Report on horse surra - Volume II, Part II
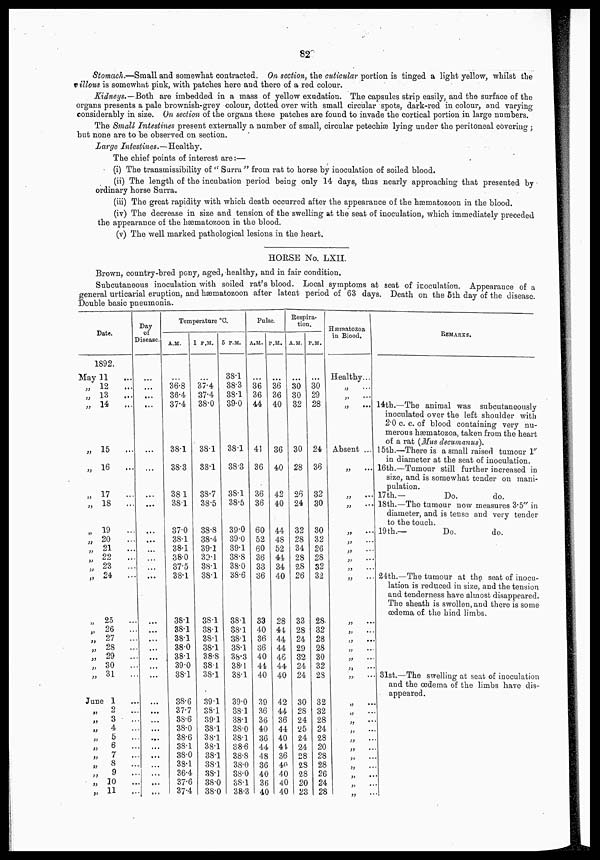
82
Stomach.—Small and somewhat contracted. On section, the cuticular portion is tinged a light yellow, whilst the
villous is somewhat pink, with patches here and there of a red colour.
Kidneys.—Both are imbedded in a mass of yellow exudation. The capsules strip easily, and the surface of the
organs presents a pale brownish-grey colour, dotted over with small circular spots, dark-red in colour, and varying
considerably in size. On section of the organs these patches are found to invade the cortical portion in large numbers.
The Small Intestines present externally a number of small, circular petechiæ lying under the peritoneal covering ;
but none are to be observed on section.
Large Intestines.—Healthy.
The chief points of interest are :—
(i) The transmissibility of "Surra" from rat to horse by inoculation of soiled blood.
(ii) The length of the incubation period being only 14 days, thus nearly approaching that presented by
ordinary horse Surra.
(iii) The great rapidity with which death occurred after the appearance of the hæmatozoon in the blood.
(iv) The decrease in size and tension of the swelling at the seat of inoculation, which immediately preceded
the appearance of the hæmatozoon in the blood.
(v) The well marked pathological lesions in the heart.
HORSE No. LXII.
Brown, country-bred pony, aged, healthy, and in fair condition.
Subcutaneous inoculation with soiled rat's blood. Local symptoms at seat of inoculation. Appearance of a
general urticarial eruption, and hæmatozoon after latent period of 63 days. Death on the 5th day of the disease.
Double basic pneumonia.
Date.
1892.
May 11 ...
„ 12 ...
„ 13
...
„
14
...
„ 15
...
„ 16
...
„ 17
...
„ 18
...
„ 19
...
„ 20
...
„ 21
...
„ 22 ...
„ 23 ...
„ 24
...
„ 25
...
„ 26
...
„ 27
...
„ 28 ...
„ 29 ...
„ 30 ...
„ 31 ...
June 1 ...
„
2 ...
„
3 ...
„
4 ...
„ 5 ...
„ 6 ...
„
7 ...
„ 8 ...
„
9 ...
„ 10 ...
„ 11 ...
Day
of
Disease.
....
...
...
...
...
...
...
...
...
...
...
...
....
...
...
...
...
...
...
...
...
...
...
...
...
...
...
....
Temperature °C.
A.M.
...
36.8
36.4
37.4
38.1
38.3
38.1
38.1
37.0
38.1
38.1
38.0
37.5
38.1
381
38.1
38.1
38.0
38.1
39.0
38.1
38.6
37.7
38.6
38.0
38.6
38.1
38.0
38.1
36.4
37.6
37.4
1 P.M.
...
37.4
37.4
38.0
38.1
38.1
38.7
38.5
38.8
38.4
39.1
39.1
38.1
38.1
38.1
38.1
38.1
38.1
38.8
38.1
38.1
39.1
38.1
39.1
38.1
38.1
38.1
38.1
38.1
38.1
38.0
38.0
5 P.M.
38.1
38.3
38.1
39.0
38.1
383
38.1
38.5
39.0
39.0
39.1
38.8
38.0
38.6
38.1
38.1
38.1
38.1
38.3
38.1
38.1
39.0
38.1
38.1
38.0
38.1
38.6
38.8
38.0
38.0
38.1
38.3
Pulse.
A.M.
...
36
36
44
41
36
36
36
60
52
60
36
33
36
33
40
36
36
40
44
40
39
36
36
40
36
44
48
36
40
36
40
P.M.
...
36
36
40
36
40
42
40
44
48
52
44
34
40
28
44
44
44
46
44
40
42
44
36
44
40
44
36
40
40
40
40
Respira-
tion.
A.M.
...
30
30
32
30
28
26
24
32
28
34
28
28
26
33
28
24
29
32
24
24
30
28
24
25
24
24
28
28
28
20
23
P.M.
...
30
29
28
24
36
32
30
30
32
26
28
32
32
28
32
28
28
30
32
28
32
32
28
24
28
20
28
28
26
24
28
Hæmatozoa
in Blood.
Healthy...
„ ...
„
...
„ ...
Absent ...
„
...
„ ...
„ ...
„ ...
„ ...
„ ...
„ ...
„ ...
„ ...
„ ...
„
...
„ ...
„ ...
„ ...
„ ...
„ ...
„ ...
„ ...
„ ...
„ ...
„ ...
„ ...
„ ...
„
...
„ ...
„
...
„ ...
REMARKS.
14th.—The animal was subcutaneously
inoculated over the Left shoulder with
2.0 c. c. of blood containing very nu-
merous hæmatozoa, taken from the heart
of a rat (Mus decumanus).
15th.—There is a small raised tumour 1"
in diameter at the seat of inoculation.
16th.—Tumour still further increased in
size, and is somewhat tender on mani-
pulation.
17 th.—
Do.
do.
18th.—The tumour now measures 3.5" in
diameter, and is tense and very tender
to the touch.
19th.—
Do.
do.
24th.—The tumour at the seat of inocu-
lation is reduced in size, and the tension
and tenderness have almost disappeared.
The sheath is swollen, and there is some
œdema of the hind limbs.
31st.—The swelling at seat of inoculation
and the œdema of the limbs have dis-
appeared.